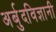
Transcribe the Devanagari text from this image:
अर्बुदविज्ञानी